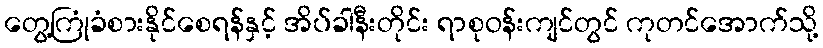
တွေ့ကြုံခံစားနိုင်စေရန်နှင့် အိပ်ခါနီးတိုင်း ရာစုဝန်းကျင်တွင် ကုတင်အောက်သို့